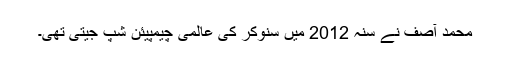
محمد آصف نے سنہ 2012 میں سنوکر کی عالمی چیمپیئن شپ جیتی تھی۔